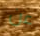
عن